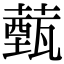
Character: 薽